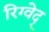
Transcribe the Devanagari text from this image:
रिग्वेद्